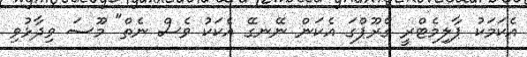
އެކަމަކު ޕާލިމެޓްރީ ގްރޫޕްގަ އެކަން ނޭނގޭ އެކަކު ވެސް ނެތް" މޫސަ ވިދާޅުވި